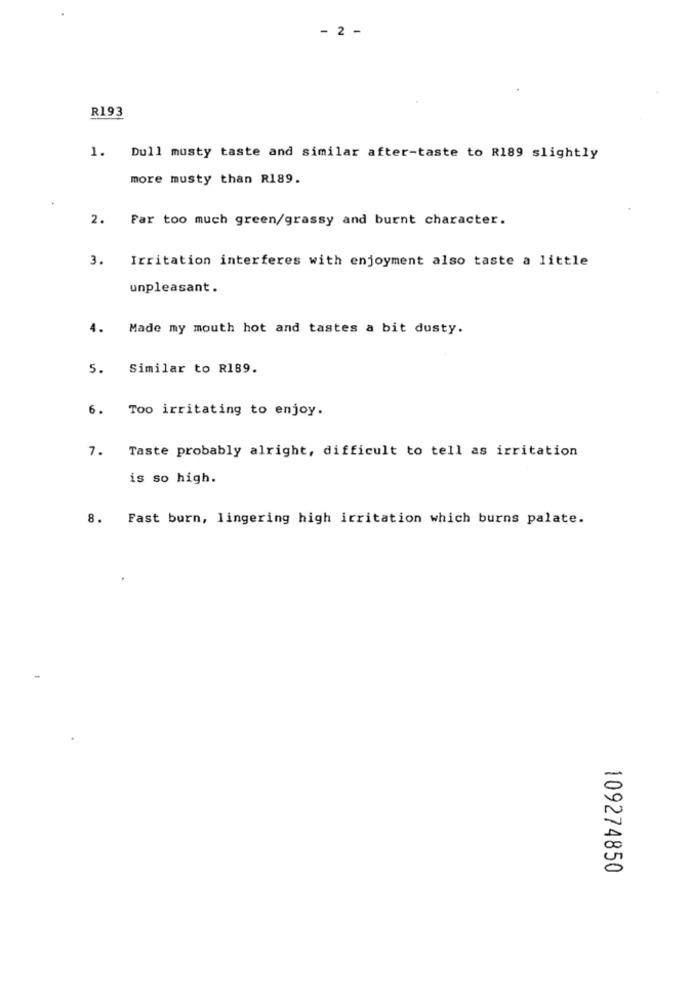
- 2 -
R193
1. Dull musty taste and similar after-taste to R189 slightly
more musty than R189.
2. Far too much green/grassy and burnt character.
3. Irritation interferes with enjoyment also taste a little
unpleasant.
4. Made my mouth hot and tastes a bit dusty.
5.
Similar to R189.
6.
Too irritating to enjoy.
7.
Taste probably alright, difficult to tell as irritation
is so high.
8.
Fast burn, lingering high irritation which burns palate.
109274850